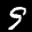
Label: 9